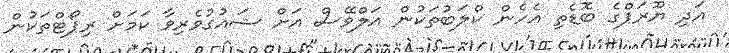
އަދި ޔޫރަޕްގެ ބޮޑެތި އެހެން ކްލަބުތަކުން އަލްވޭސް އަށް ޝައުގުވެރިވާ ކަމަށް ރިޕޯޓްތަކުން